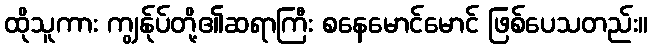
ထိုသူကား ကျွန်ုပ်တို့၏ဆရာကြီး စနေမောင်မောင် ဖြစ်ပေသတည်း။